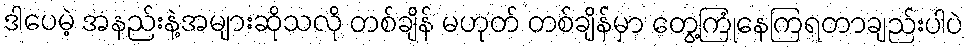
ဒါပေမဲ့ အနည်းနဲ့အများဆိုသလို တစ်ချိန် မဟုတ် တစ်ချိန်မှာ တွေ့ကြုံနေကြရတာချည်းပါပဲ